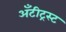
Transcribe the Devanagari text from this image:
अँटीट्रस्ट